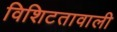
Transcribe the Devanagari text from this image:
विशिटतावाली